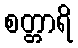
စတ္တာရိ